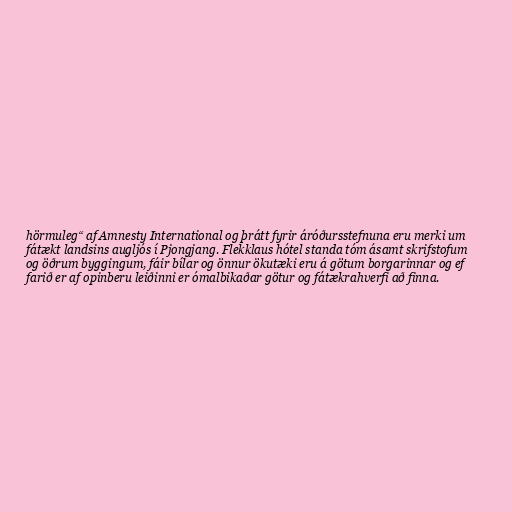
hörmuleg“ af Amnesty International og þrátt fyrir áróðursstefnuna eru merki um
fátækt landsins augljós í Pjongjang. Flekklaus hótel standa tóm ásamt skrifstofum
og öðrum byggingum, fáir bílar og önnur ökutæki eru á götum borgarinnar og ef
farið er af opinberu leiðinni er ómalbikaðar götur og fátækrahverfi að finna.